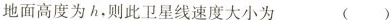
地面高度为h，则此卫星线速度大小为 ()